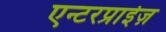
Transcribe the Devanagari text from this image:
एन्टरप्राईज़